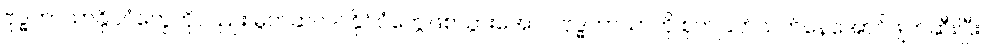
ဗုဒ္ဓဘာသာနိုင်ငံတွေကိုလည်း မွတ်ဆလင်နိုင်ငံတွေဖြစ်သွားအောင် ဗုဒ္ဓဘာသာကို စုတ်ပြတ်သတ်နေအောင်ဖျက်ဆီးပြီး